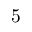
5